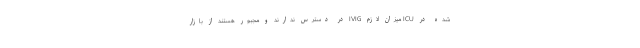
شده در ICU میزان لازم IVIG در دسترس ندارند و مجبور هستند از بازار